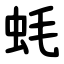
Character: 蚝